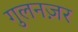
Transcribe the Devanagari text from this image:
गुलनज़र